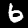
Label: 6